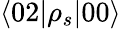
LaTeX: \langle 02|\rho_{s}|00\rangle